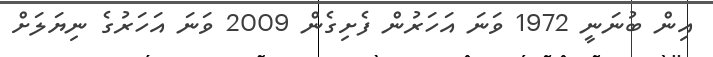
އިން ބުނަނީ 1972 ވަނަ އަހަރުން ފެށިގެން 2009 ވަނަ އަހަރުގެ ނިޔަލަށް